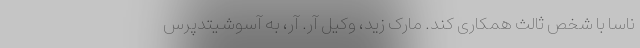
ناسا با شخص ثالث همکاری کند. مارک زید، وکیل آر. آر، به آسوشیتدپرس